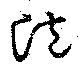
泡